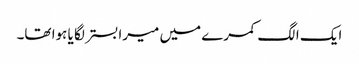
ایک الگ کمرے میں میرا بستر لگا یا ہوا تھا۔